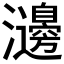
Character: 𤄺